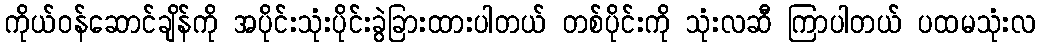
ကိုယ်ဝန်ဆောင်ချိန်ကို အပိုင်းသုံးပိုင်းခွဲခြားထားပါတယ် တစ်ပိုင်းကို သုံးလဆီ ကြာပါတယ် ပထမသုံးလ